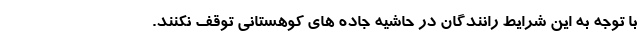
با توجه به این شرایط رانندگان در حاشیه جاده های کوهستانی توقف نکنند.